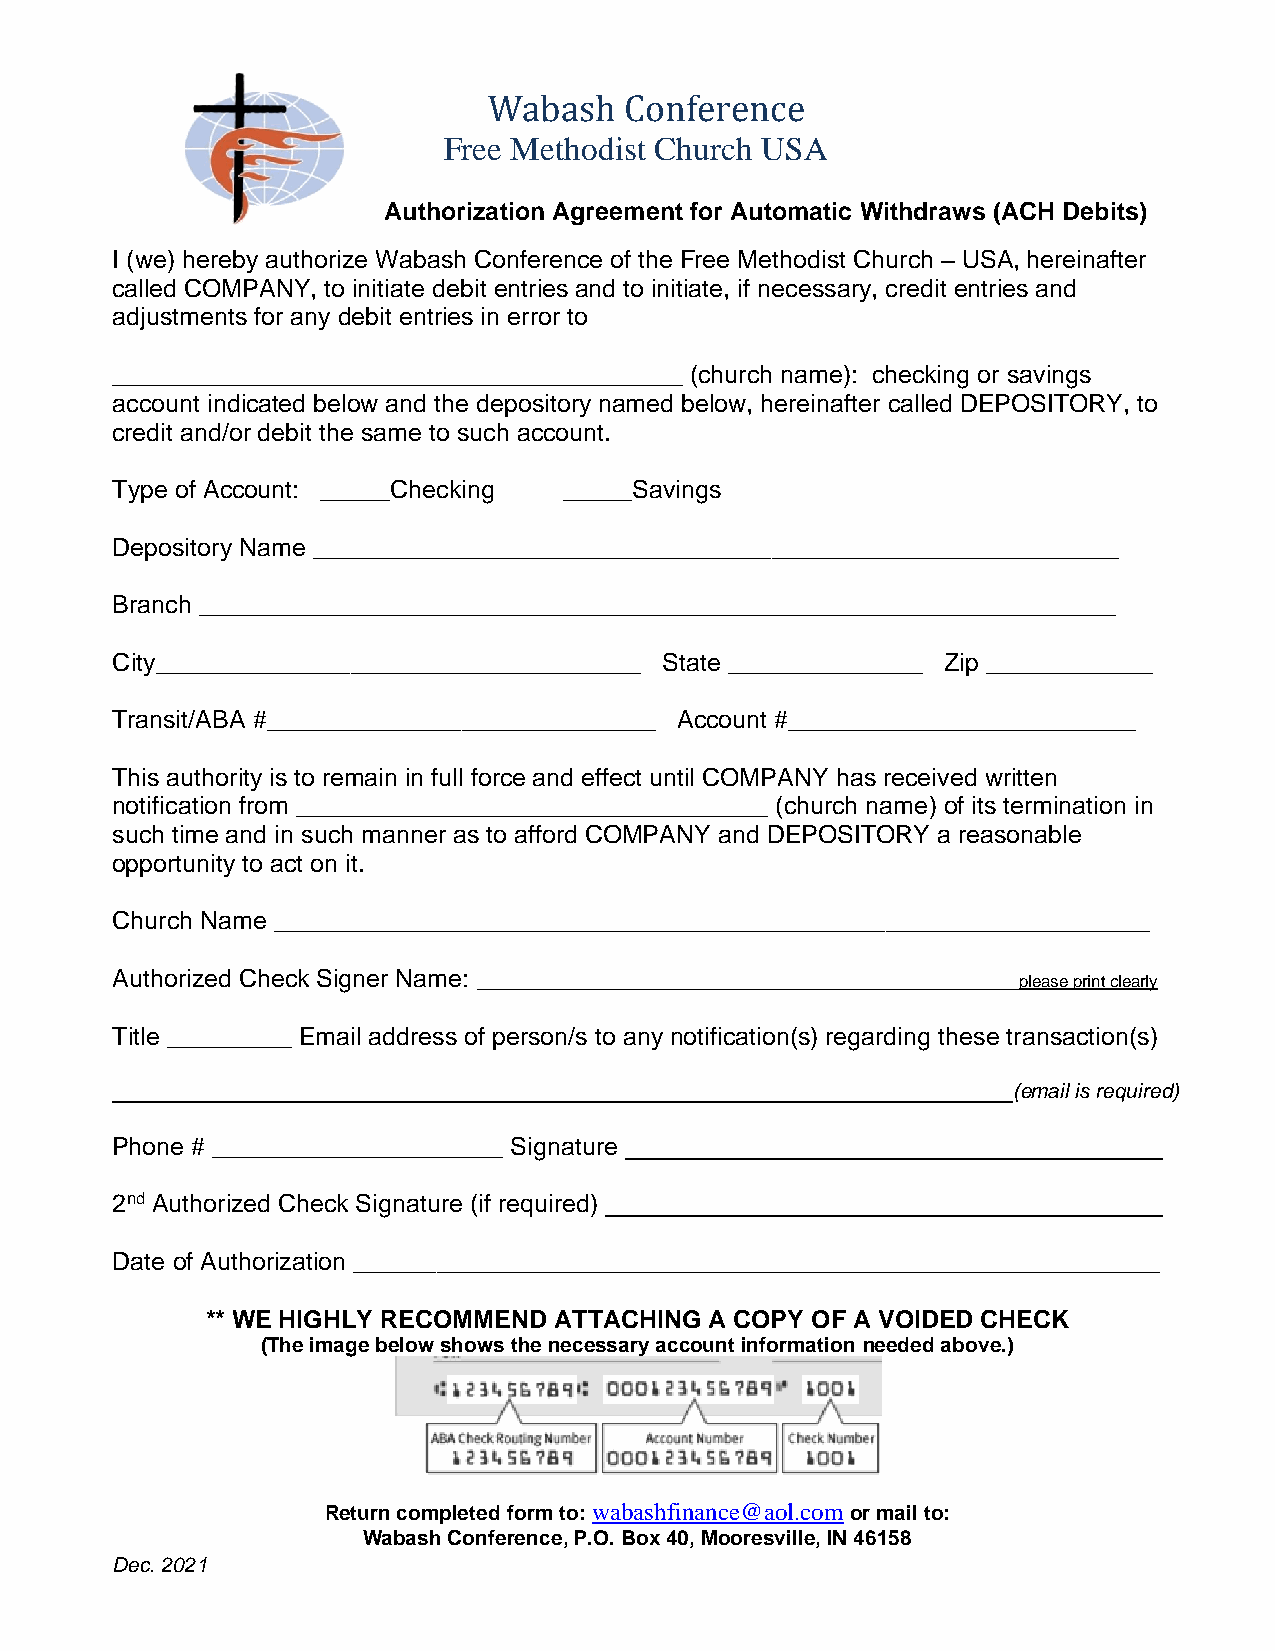
Wabash   Conference
 Free Methodist Church USA
 Authorization Agreement for Automatic Withdraws (ACH Debits)
 I (we) hereby authorize Wabash Conference of the Free Methodist Church – USA, hereinafter
 called COMPANY, to initiate debit entries and to initiate, if necessary, credit entries and
 adjustments for any debit entries in error to
 _________________________________________ (church name): checking or savings
 account indicated below and the depository named below, hereinafter called DEPOSITORY, to
 credit and/or debit the same to such account.
 Type of Account: _____Checking _____Savings
 Depository Name __________________________________________________________
 Branch __________________________________________________________________
 City___________________________________ State ______________ Zip ____________
 Transit/ABA #____________________________ Account #_________________________
 This authority is to remain in full force and effect until COMPANY has received written
 notification from __________________________________ (church name) of its termination in
 such time and in such manner as to afford COMPANY and DEPOSITORY a reasonable
 opportunity to act on it.
 Church Name _______________________________________________________________
 Authorized Check Signer Name: _______________________________________
 please print clearly
 Title _________ Email address of person/s to any notification(s) regarding these transaction(s)
 (email is required)
 Phone # _____________________ Signature
 2nd Authorized Check Signature (if required)
 Date of Authorization __________________________________________________________
 ** WE HIGHLY RECOMMEND ATTACHING A COPY OF A VOIDED CHECK
 (The image below shows the necessary account information needed above.)
 Return completed form to: wabashfinance@aol.com or mail to:
 Wabash Conference, P.O. Box 40, Mooresville, IN 46158
 Dec. 2021